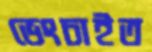
ভেংচাইত